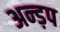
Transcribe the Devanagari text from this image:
अन्ड़प